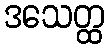
ဒသေတ္ထ